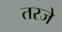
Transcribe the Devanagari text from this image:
तरजे